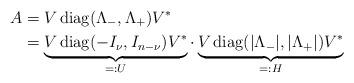
LaTeX: \begin{align*} A &= V \operatorname{diag}(\Lambda_{-}, \Lambda_{+}) V^{*} \\ &= \underbrace{V \operatorname{diag}(-I_{\nu}, I_{n-\nu}) V^{*}}_{=:U} \cdot \underbrace{V\operatorname{diag}(\vert \Lambda_{-}\vert, \vert \Lambda_{+}\vert) V^{*}}_{=:H} \end{align*}